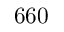
6 6 0